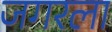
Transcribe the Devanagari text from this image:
जगरला